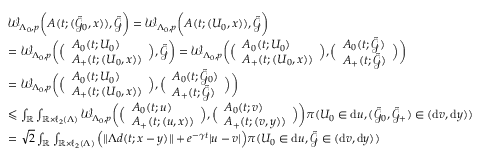
\begin{array} { r l } & { \mathcal { W } _ { \Lambda _ { 0 } , p } \bigg ( A ( t ; ( \tilde { \mathcal { G } } _ { 0 } , x ) ) , \tilde { \mathcal { G } } \bigg ) = \mathcal { W } _ { \Lambda _ { 0 } , p } \bigg ( A ( t ; ( U _ { 0 } , x ) ) , \tilde { \mathcal { G } } \bigg ) } \\ & { = \mathcal { W } _ { \Lambda _ { 0 } , p } \bigg ( \Big ( \begin{array} { l } { A _ { 0 } ( t ; U _ { 0 } ) } \\ { A _ { + } ( t ; ( U _ { 0 } , x ) ) } \end{array} \Big ) , \tilde { \mathcal { G } } \bigg ) = \mathcal { W } _ { \Lambda _ { 0 } , p } \bigg ( \Big ( \begin{array} { l } { A _ { 0 } ( t ; U _ { 0 } ) } \\ { A _ { + } ( t ; ( U _ { 0 } , x ) ) } \end{array} \Big ) , \Big ( \begin{array} { l } { A _ { 0 } ( t ; \tilde { \mathcal { G } } ) } \\ { A _ { + } ( t ; \tilde { \mathcal { G } } ) } \end{array} \Big ) \bigg ) } \\ & { = \mathcal { W } _ { \Lambda _ { 0 } , p } \bigg ( \Big ( \begin{array} { l } { A _ { 0 } ( t ; U _ { 0 } ) } \\ { A _ { + } ( t ; ( U _ { 0 } , x ) ) } \end{array} \Big ) , \Big ( \begin{array} { l } { A _ { 0 } ( t ; \tilde { \mathcal { G } } _ { 0 } ) } \\ { A _ { + } ( t ; \tilde { \mathcal { G } } ) } \end{array} \Big ) \bigg ) } \\ & { \leqslant \int _ { \mathbb { R } } \int _ { \mathbb { R } \times \ell _ { 2 } ( \Lambda ) } \mathcal { W } _ { \Lambda _ { 0 } , p } \bigg ( \Big ( \begin{array} { l } { A _ { 0 } ( t ; u ) } \\ { A _ { + } ( t ; ( u , x ) ) } \end{array} \Big ) , \Big ( \begin{array} { l } { A _ { 0 } ( t ; v ) } \\ { A _ { + } ( t ; ( v , y ) ) } \end{array} \Big ) \bigg ) \pi ( U _ { 0 } \in \mathrm { d } u , ( \tilde { \mathcal { G } } _ { 0 } , \tilde { \mathcal { G } } _ { + } ) \in ( \mathrm { d } v , \mathrm { d } y ) ) } \\ & { = { \sqrt { 2 } } \int _ { \mathbb { R } } \int _ { \mathbb { R } \times \ell _ { 2 } ( \Lambda ) } \Big ( \| \Lambda d ( t ; x - y ) \| + e ^ { - \gamma t } | u - v | \Big ) \pi ( U _ { 0 } \in \mathrm { d } u , \tilde { \mathcal { G } } \in ( \mathrm { d } v , \mathrm { d } y ) ) } \end{array}